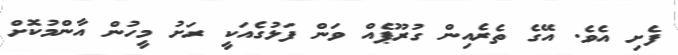
ފެށި އެވެ. އޭގެ ތެރެއިން ގުރޫޕެއް ވަން ފަޅުގެއަކީ ރަށު މީހުން އާންމުކޮށް